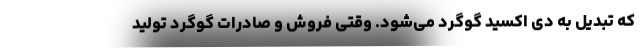
که تبدیل به دی اکسید گوگرد می‌شود. وقتی فروش و صادرات گوگرد تولید